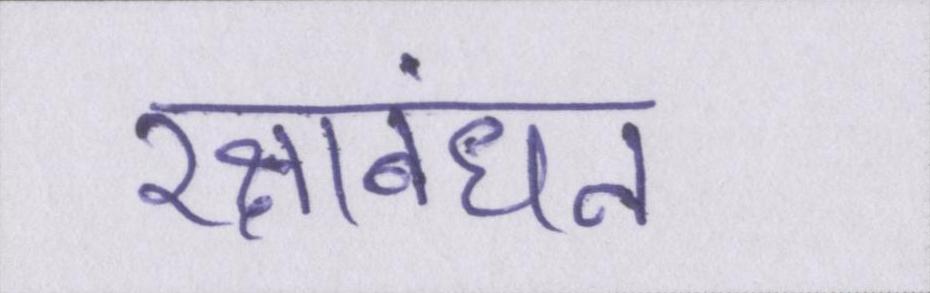
रक्षाबंधन